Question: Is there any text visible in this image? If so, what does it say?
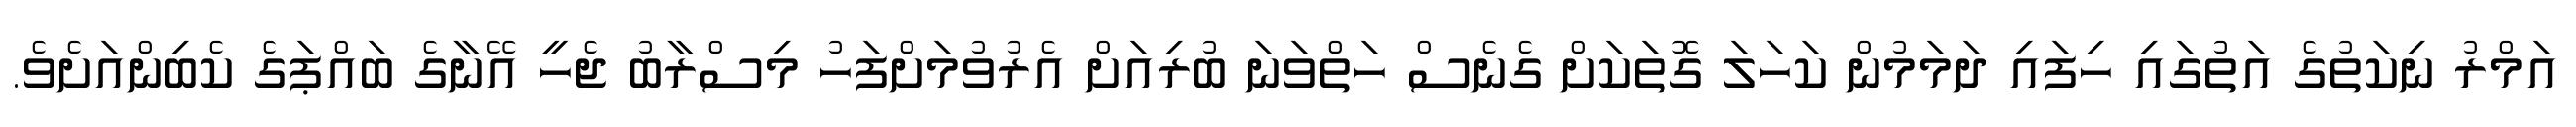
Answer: އަމްރު ނިކަތުގެ އަތުގައި ހިފައި ދަމަމުން ކަހަލަ ގޮތަކަށް ގެނެސް ހަތްވަނަ ބުރިއަށް އެރުވުމަށްފަހު މިސްރާބު ޖެހީ އޭނާގެ ބައްޕަގެ ކެބިންއަށެވެ.